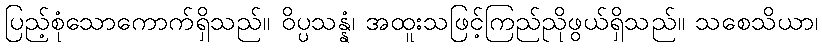
ပြည့်စုံသောကောက်ရှိသည်။ ဝိပ္ပသန္နံ၊ အထူးသဖြင့်ကြည်ညိုဖွယ်ရှိသည်။ သစေသိယာ၊